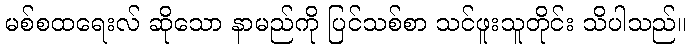
မစ်စထရေးလ် ဆိုသော နာမည်ကို ပြင်သစ်စာ သင်ဖူးသူတိုင်း သိပါသည်။